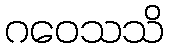
ဂဝေသသိ